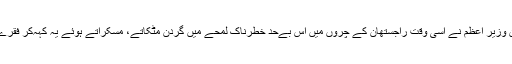
ہندوستان کے اس قدم کی حمایت کسی نے نہیں کی، لیکن وزیر اعظم نے اسی وقت راجستھان کے چروں میں اس بےحد خطرناک لمحے میں گردن مٹکاتے، مسکراتے ہوئے یہ کہہ‌کر فقرے بازی کی کہ آج لوگوں کا مزاج بدلا بدلا نظر آ رہا ہے۔